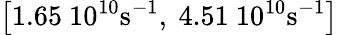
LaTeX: \left[1.65~10^{10}\mathrm{s}^{-1},~4.51~10^{10}\mathrm{s}^{-1}\right]